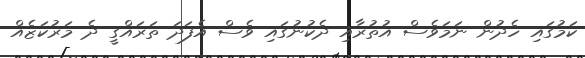
ކަމުގައި ހެދުން ނަމަވެސް އުތުރާއި ދެކުނުގައި ވެސް އެފަދަ ތަރައްގީ ދެ މަރުކަޒެއް